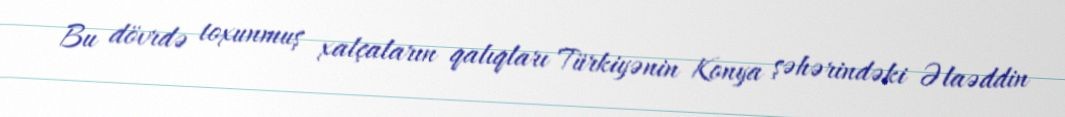
Bu dövrdə toxunmuş xalçaların qalıqları Türkiyənin Konya şəhərindəki Əlaəddin